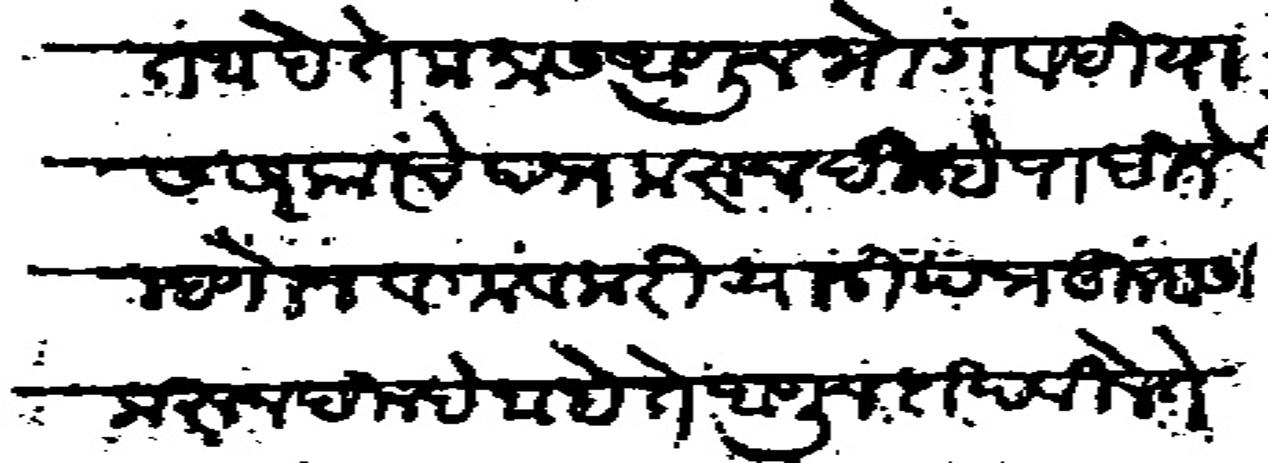
Transliteration (Devanagari): चालत आहे ते मनास आणून भोगवटीयास सरकारचे पत्र करून दिल्हे पाहिजे म्हणोन व गावकरी यांनी पत्र तुम्हास करून दिल्हे ते आणून दाखवीले ते